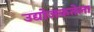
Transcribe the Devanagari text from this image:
उद्योजकतेला